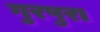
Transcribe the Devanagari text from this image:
गुरपुरा